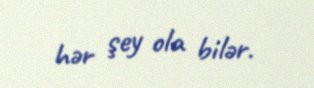
hər şey ola bilər.